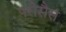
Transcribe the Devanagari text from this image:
परोसैस